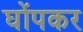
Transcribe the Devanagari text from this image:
घोंपकर